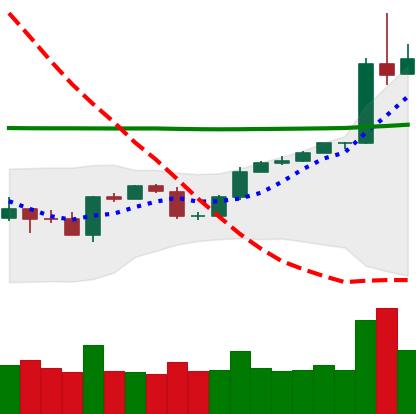
Ticker: BTC-USD
Chart end date: 2020-05-01
Forward return: 4.557%
Label: up_3_5